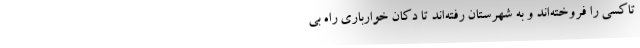
تاكسي را فروخته‌اند و به شهرستان رفته‌اند تا دكان خوارباري راه بي